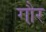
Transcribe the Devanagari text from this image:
गौ़र